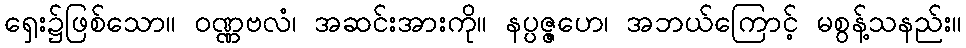
ရှေး၌ဖြစ်သော။ ဝဏ္ဏဗလံ၊ အဆင်းအားကို။ နပ္ပဇ္ဇဟေ၊ အဘယ်ကြောင့် မစွန့်သနည်း။